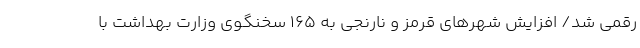
رقمی شد/ افزایش شهرهای قرمز و نارنجی به ۱۶۵ سخنگوی وزارت بهداشت با